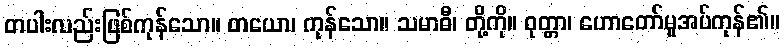
တပါးလည်းဖြစ်ကုန်သော။ တယော၊ ကုန်သော။ သမာဓီ၊ တို့ကို။ ဝုတ္တာ၊ ဟောတော်မူအပ်ကုန်၏။